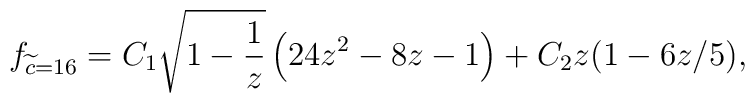
f_{\widetilde c = 16} = C_1 \sqrt{1-\frac{1}{z}} \left(      24 z^2 - 8 z - 1\right)+ C_2 z (1-6 z/5),